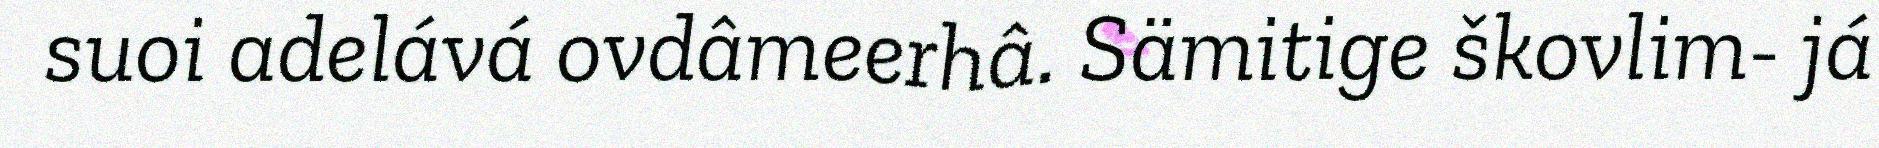
suoi adelává ovdâmeerhâ. Sämitige škovlim- já